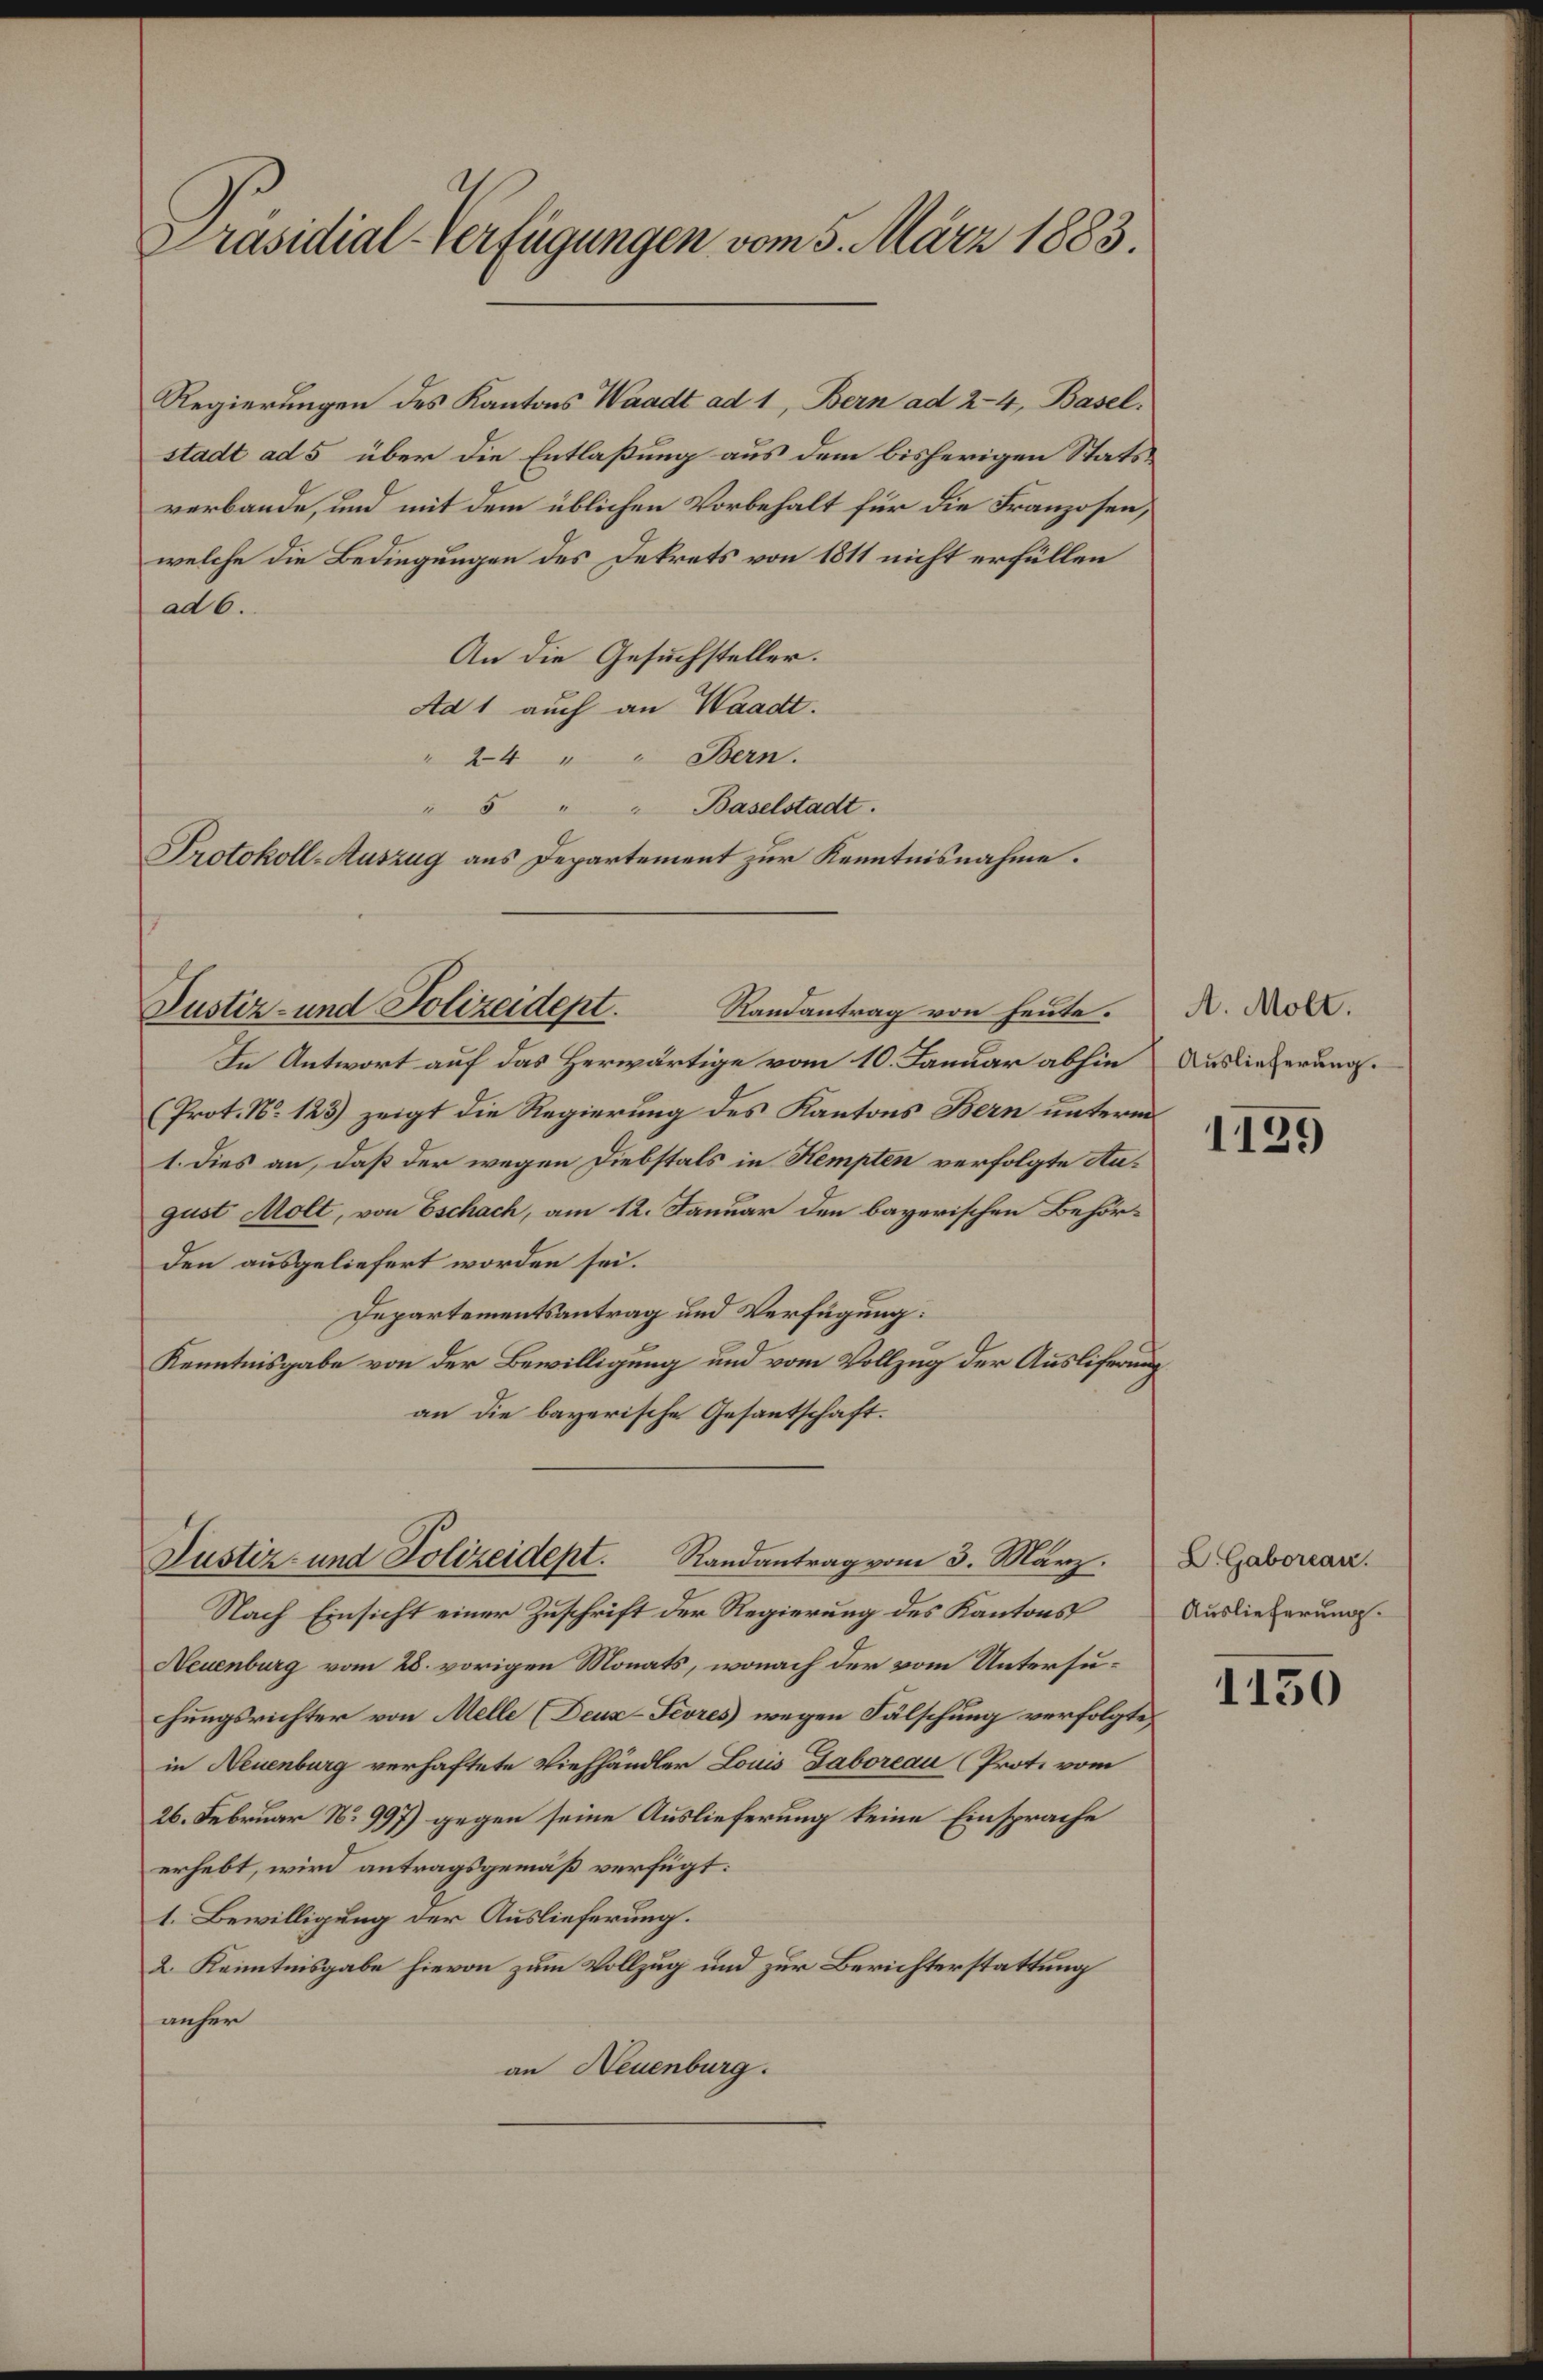
Präsidial-Verfügungen vom 5. März 1883.

Regierungen des Kantons Waadt ad 1, Bern ad 24, Basel,
stadt ad 5 über die Entlaßung aus dem bisherigen Statsverbande, und mit dem üblichen Vorbehalt für die Franzosen,
welche die Bedingungen des Dekrets von 1811 nicht erfüllen
ad 6.
An die Gesuchsteller.
Ad 1 auch an Waadt.
" 24 " " Bern.
" 5 " " Baselstadt.
Protokoll-Auszug aus Departement zur Kenntnisnahme.

In Antwort auf das Herwärtige vom 10. Januar abhin
(Prot. No 123) zeigt die Regierung des Kantons Bern unterm
1. Dies an, daß der wegen Diebstals in Stempten verfolgte Angust Molt, von Eschach, am 12. Januar den bayerischen Behörden ausgeliefert worden sei.
Departementsantrag und Verfügung:
Kenntnisgabe von der Bewilligung und vom Vollzug der Auslifern
an die bayerische Gesantschaft.
Randantrag vom 3. März.
Justiz- und Polizeidept.
Nach Einsicht einer Zuschrift der Regierung des Kantons
Neuenburg vom 28. vorigen Monats, wonach der vom Untersuhungsrichter von Melle (Deux-Fevres) wegen Fälschung verfolgte,
in Neuenburg verhaftete Viehhändler Louis Gaboreau (Prote vom
26. Februar N. 997) gegen seine Auslieferung keine Einsprache
erhebt, wird antragsgemäß verfügt:
1. Bewilligung der Auslieferung.
2. Kenntnisgabe hievon zum Vollzug und zur Berichterstattung
anher
an Neuenburg.

Justiz- und Polizeidept.

Randantrag von heute.

A. Molt.
Auslieferung.

1129

D. Gaborean.
Auslieferung.

1130